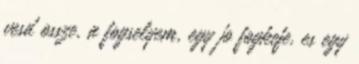
vesd ossze, a fogselyem, egy jo fogkefe, es egy